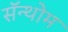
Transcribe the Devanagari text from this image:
सॅन्थोम